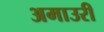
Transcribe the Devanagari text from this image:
अमाउरी